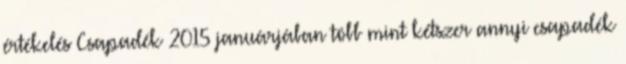
értékelés Csapadék 2015 januárjában több mint kétszer annyi csapadék